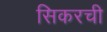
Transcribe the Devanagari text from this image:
सिकरची